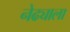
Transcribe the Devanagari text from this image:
नेढ्याला